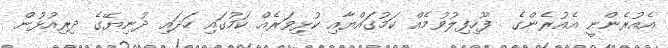
އެއުރެންނީ އެއުރެންގެ  ފޫހިފިލުވުމެއް ކަމުގައްޔާއި ކުޅިވަރެއް ކަމުގައި ހަދައި ދުނިޔޭގެ ދިރިއުޅުން